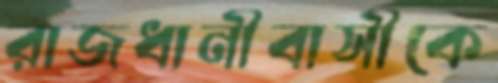
রাজধানীবাসীকে